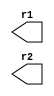
`timescale 1ns / 1ps

module h_SwapRegisters(output r1,output r2);
reg [3:0] R1=4'b1000;
reg [3:0] R2=4'b0100;

initial
R1<=R2;
initial
R2<=R1;
endmodule